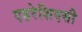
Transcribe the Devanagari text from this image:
एहरेशिएसी